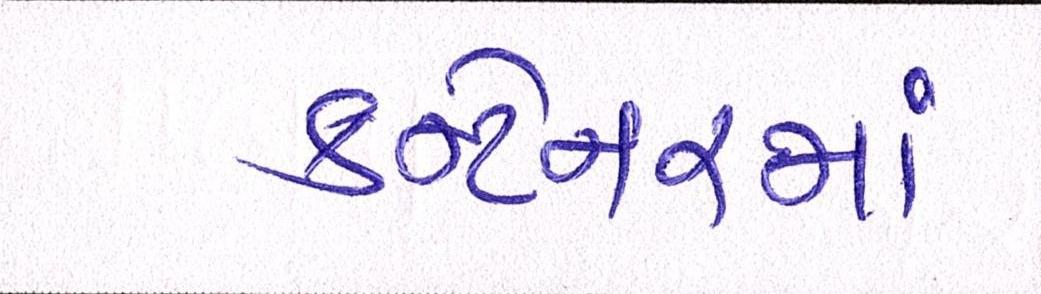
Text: કન્ટેનરમાં